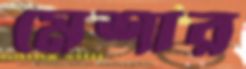
মেশার